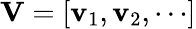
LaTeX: {\mathbf V}=[{\mathbf v}_{1},{\mathbf v}_{2},\cdots]